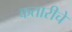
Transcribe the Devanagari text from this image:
कतारीचे